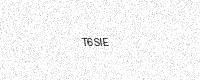
Text: T6SIE